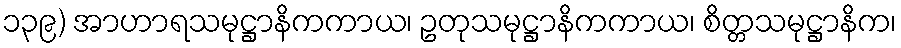
၁၃၉) အာဟာရသမုဋ္ဌာနိကကာယ၊ ဥတုသမုဋ္ဌာနိကကာယ၊ စိတ္တသမုဋ္ဌာနိက၊